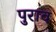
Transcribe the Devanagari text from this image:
पुराव